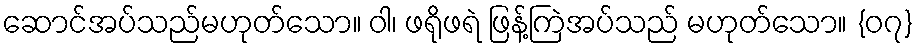
ဆောင်အပ်သည်မဟုတ်သော။ ဝါ၊ ဖရိုဖရဲ ဖြန့်ကြဲအပ်သည် မဟုတ်သော။ {၀၇}